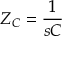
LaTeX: Z _ { C } = { \frac { 1 } { s C } }